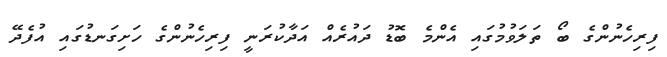
ފިރިހެނުންގެ ބޯ ތަލަވުމުގައި އެންމެ ބޮޑު ދައުރެއް އަދާކުރަނީ ފިރިހެނުންގެ ހަށިގަނޑުގައި އުފެދޭ